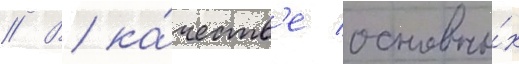
// В ка́честв'е основны́х